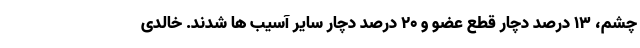
چشم، ۱۳ درصد دچار قطع عضو و ۲۰ درصد دچار سایر آسیب ها شدند. خالدی